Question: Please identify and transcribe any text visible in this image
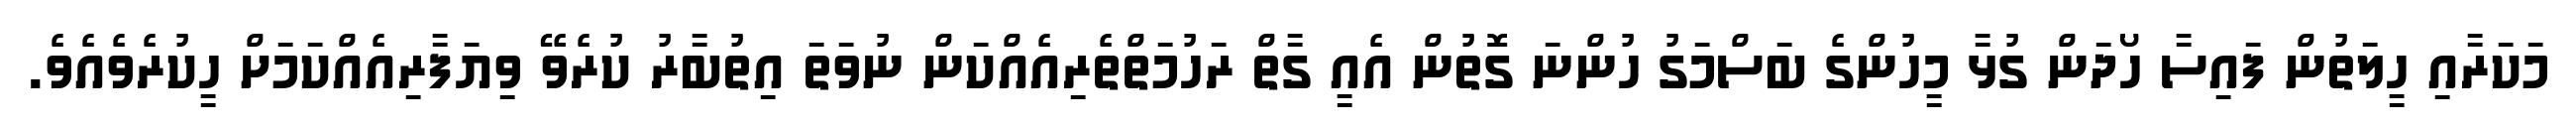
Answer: މަކަރާއި ހީލަތުން ފައިސާ ހޯދަން ގުޅާ މީހުންގެ ބަސްމަގު ހުންނަ ގޮތުން އެއީ ގާތް ރަހުމަތްތެރިއެއްކަން ނުވަތަ އިތުބާރު ކުރެވޭ ވިޔަފާރިއެއްކަމަށް ހީކުރެވެއެވެ.